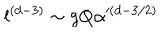
LaTeX: l ^ { ( d - 3 ) } \sim g Q \alpha ^ { ( d - 3 / 2 ) }